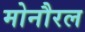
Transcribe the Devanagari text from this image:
मोनौरल